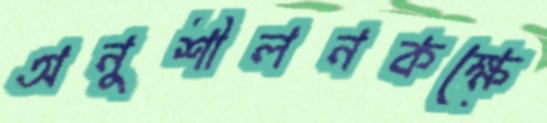
অনুশীলনকক্ষে